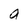
Character: a